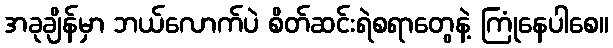
အခုချိန်မှာ ဘယ်လောက်ပဲ စိတ်ဆင်းရဲစရာတွေနဲ့ ကြုံနေပါစေ။